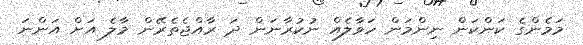
މަމެންގެ ކަންކަން ނިންމަން ހަވާލެއް ނުކުރާނަން ދަ ރާއްޖެތެރޭން މާލެ އަށް އަންނަ